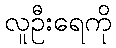
လူဦးရေကို